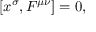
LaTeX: [ x ^ { \sigma } , F ^ { \mu \nu } ] = 0 ,